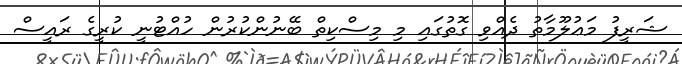
ޝަރީފު މަޢުލޫމާތު ދެއްވި ގޮތުގައި މި މިސްކިތް ބޭނުންކުރުން ހުއްޓުނީ ކުރީގެ ރައީސް